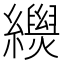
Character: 𦇐